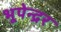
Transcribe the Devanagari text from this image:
भूपेन्‍द्रर